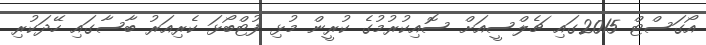
އޯގަސްޓް 2015ގައި ޗެލްސީއަށް ސޮއިކުރުމުގެ ކުރީން މުޅި ފުޓްބޯޅަ ކެރިއަރު ބާސާގައި ހޭދަކުރި